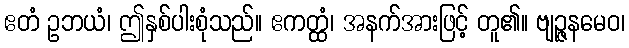
ဧတံ ဥဘယံ၊ ဤနှစ်ပါးစုံသည်။ ဧကတ္ထံ၊ အနက်အားဖြင့် တူ၏။ ဗျဉ္ဇနမေဝ၊